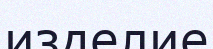
изделие